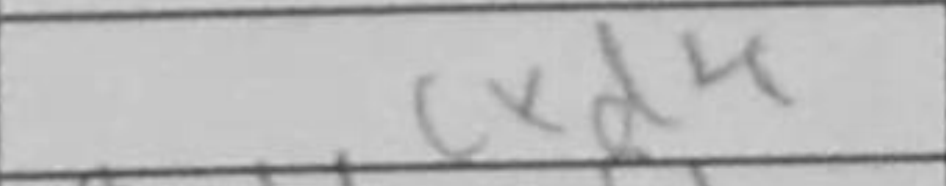
Transcription: cxd4